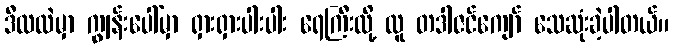
ဒီလထဲမှာ ကျွန်းပေါ်မှာ ရှားရှားပါးပါး ရေကြီးလို့ လူ တဒါဇင်ကျော် သေဆုံးခဲ့ပါတယ်။